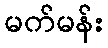
မက်မန်း